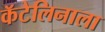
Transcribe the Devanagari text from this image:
कॅटेलिनाला